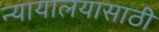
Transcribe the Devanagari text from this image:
न्यायालयासाठी